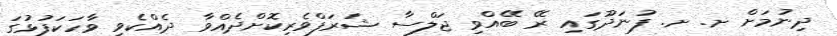
ދިނުމަށް ށ. ށ. ފުނަދޫގައި ރޭ ބޭއްވި ޖަލްސާ ޝަރަފްވެރިކޮށްދެއްވާ ދެއްކެވި ވާހަކަފުޅުގަ